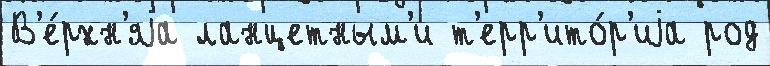
В'е́рхн'яjа ланцетным'и т'ерр'ито́р'иjа род